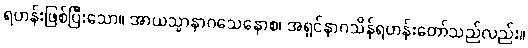
ရဟန်းဖြစ်ပြီးသော။ အာယသ္မာနာဂသေနောစ၊ အရှင်နာဂသိန်ရဟန်းတော်သည်လည်း။